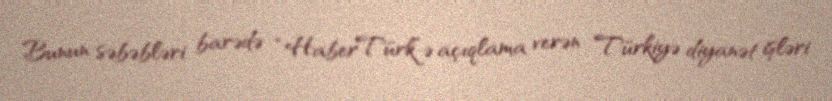
Bunun səbəbləri barədə “HaberTürk”ə açıqlama verən Türkiyə diyanət işləri